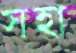
সহা